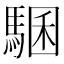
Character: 𩤁